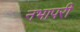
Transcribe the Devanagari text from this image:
नभापरी